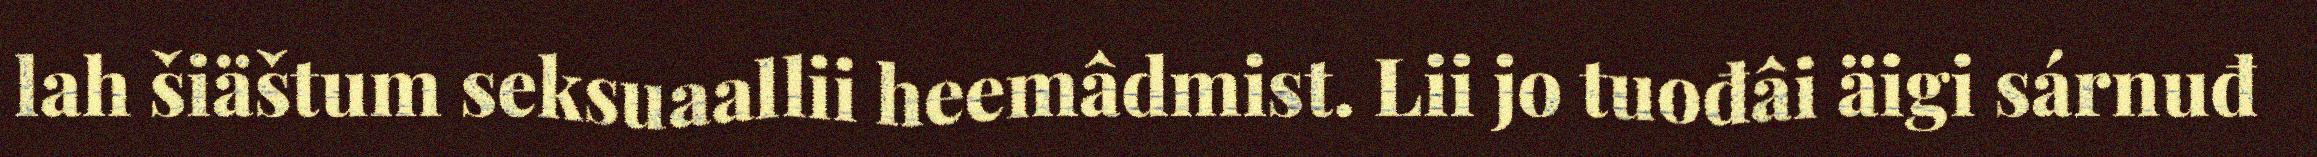
lah šiäštum seksuaallii heemâdmist. Lii jo tuođâi äigi sárnuđ